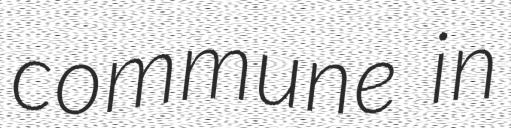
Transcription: commune in